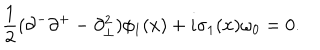
{ \frac { 1 } { 2 } } ( \partial ^ { - } \partial ^ { + } - \partial _ { \bot } ^ { 2 } ) \phi _ { 1 } ( x ) + i \sigma _ { 1 } ( x ) \omega _ { 0 } = 0 .